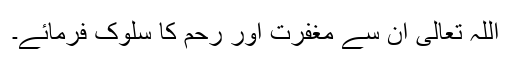
اللہ تعالیٰ ان سے مغفرت اور رحم کا سلوک فرمائے۔